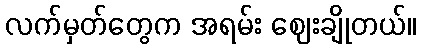
လက်မှတ်တွေက အရမ်း ဈေးချိုတယ်။